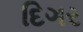
દિગર